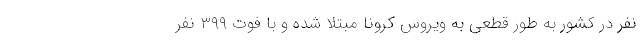
نفر در کشور به طور قطعی به ویروس کرونا مبتلا شده و با فوت ۳۹۹ نفر